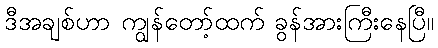
ဒီအချစ်ဟာ ကျွန်တော့်ထက် ခွန်အားကြီးနေပြီ။